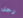
رجل